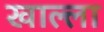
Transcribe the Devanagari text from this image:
खाल्‍ला